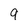
Character: 9